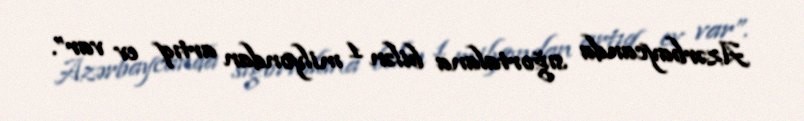
Azərbaycanda sığortalana bilən 1 milyondan artıq ev var”.